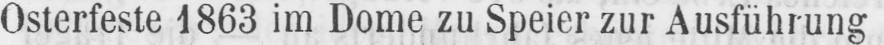
Osterfeste 1863 im Dome zu Speier zur Ausführung